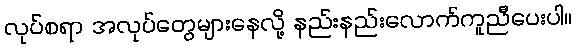
လုပ်စရာ အလုပ်တွေများနေလို့ နည်းနည်းလောက်ကူညီပေးပါ။